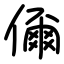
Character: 儞